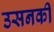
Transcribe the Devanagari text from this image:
उसनकी